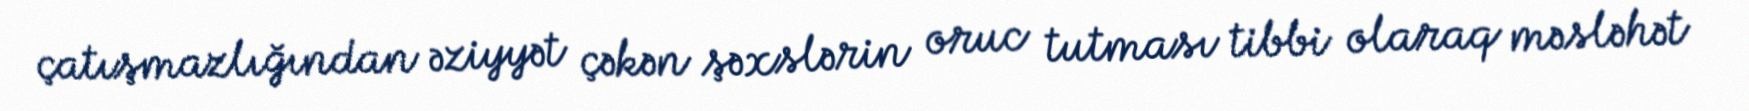
çatışmazlığından əziyyət çəkən şəxslərin oruc tutması tibbi olaraq məsləhət